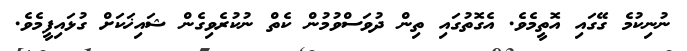
ނުނިކުމެ ގޭގައި އޮތީމެވެ. އެގޮތުގައި ތިން ދުވަސްވުމުން ކެތް ނުކުރެވިގެން ޝައިޚަކަށް ގުޅައިފީމެވެ.